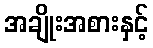
အချိုးအစားနှင့်